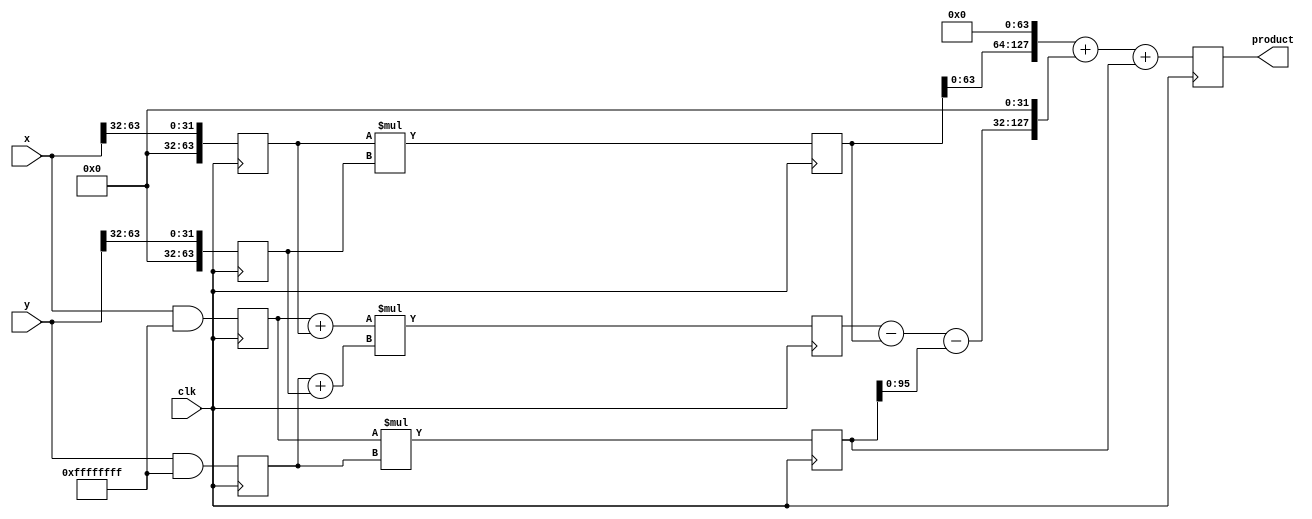
`timescale 1ns / 1ps
//////////////////////////////////////////////////////////////////////////////////
// Company: 
// Engineer: 
// 
// Design Name: 
// Module Name: karatsuba64
// Project Name: 
// Target Devices: 
// Tool Versions: 
// Description: 
// 
// Dependencies: 
// 
// Revision:
// Revision 0.01 - File Created
// Additional Comments:
// 
//////////////////////////////////////////////////////////////////////////////////


module karatsuba64(
        input wire clk,
        input wire [63:0] x,
        input wire [63:0] y,
        output reg [127:0] product
    );

    parameter HALF_BITS = 32; // 64 bit input means 7 bits for half
    reg [127:0] z0, z1, z2;
    reg [63:0] low1, high1, low2, high2;

    // pipeline registers
    reg [127:0] reg_z0, reg_z1, reg_z2;
    reg [63:0] reg_low1, reg_high1, reg_low2, reg_high2;
    
    always @(posedge clk) begin
        // Split the numbers into halves
        low1 <= x & ((1 << HALF_BITS) - 1);
        low2 <= y & ((1 << HALF_BITS) - 1);
        high1 <= x >> HALF_BITS;
        high2 <= y >> HALF_BITS;
        
        // Pipeline registers
        reg_low1 <= low1;
        reg_high1 <= high1;
        reg_low2 <= low2;
        reg_high2 <= high2;
        reg_z0 <= z0;
        reg_z1 <= z1;
        reg_z2 <= z2;
    end

    // Intermediate computations
    always @* begin
        // Recursive steps
        z0 = low1 * low2;
        z1 = (low1 + high1) * (low2 + high2);
        z2 = high1 * high2;
    end

    // Combine results using the Karatsuba formula
    always @(posedge clk) begin
        product <= (reg_z2 << (2 * HALF_BITS)) + ((reg_z1 - reg_z2 - reg_z0) << HALF_BITS) + reg_z0;
    end
endmodule